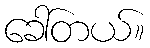
ခေါ်တယ်။